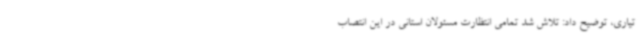
تیاری، توضیح داد: تلاش شد تمامی انتظارت مسئولان استانی در این انتصاب